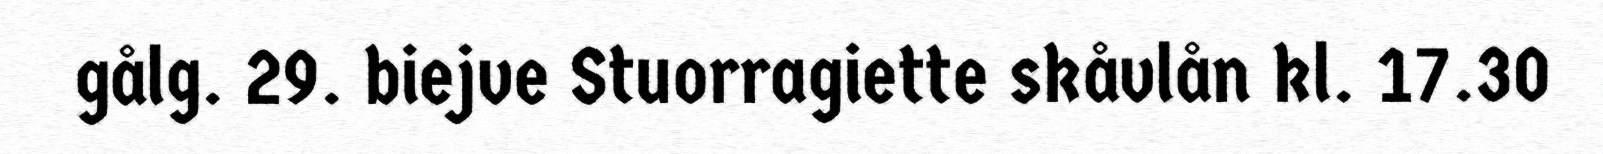
gålg. 29. biejve Stuorragiette skåvlån kl. 17.30